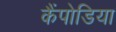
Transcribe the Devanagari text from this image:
कैंपोडिया